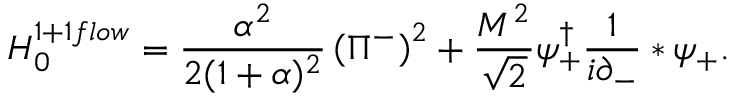
{ \cal H } _ { 0 } ^ { 1 + 1 f l o w } = \frac { \alpha ^ { 2 } } { 2 ( 1 + \alpha ) ^ { 2 } } \left( \Pi ^ { - } \right) ^ { 2 } + \frac { M ^ { 2 } } { \sqrt { 2 } } \psi _ { + } ^ { \dag } \frac { 1 } { i \partial _ { - } } * \psi _ { + } .